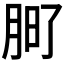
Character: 𭨲